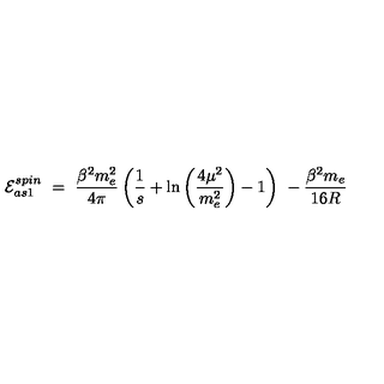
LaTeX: { \cal E } _ { a s 1 } ^ { s p i n } \ = \ \frac { \beta ^ { 2 } m _ { e } ^ { 2 } } { 4 \pi } \left( \frac 1 s + \ln \left( \frac { 4 \mu ^ { 2 } } { m _ { e } ^ { 2 } } \right) - 1 \right) \- \ - \frac { \beta ^ { 2 } m _ { e } } { 1 6 R }